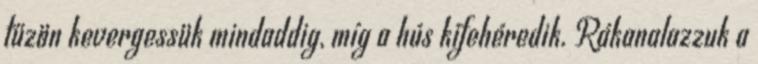
tűzön kevergessük mindaddig, míg a hús kifehéredik. Rákanalazzuk a